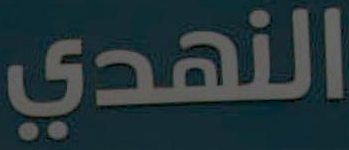
النهدي